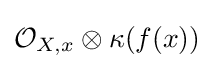
{\mathcal {O}}_{X,x}\otimes \kappa (f(x))